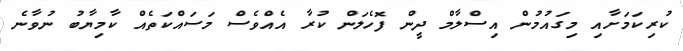
ކުރިކަމަށާއި މިގައުމުން އިސްލާމް ދީން ފޮހެލަން ކުރާ އެއްވެސް މަސައްކަތެއް ކާމިޔާބު ނުވާނެ